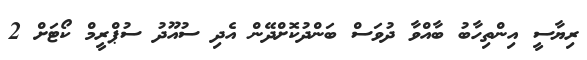
ރިޔާސީ އިންތިހާބު ބާއްވާ ދުވަސް ބަންދުކޮށްދޭން އެދި ސުއޫދު ސުޕްރީމް ކޯޓަށް 2